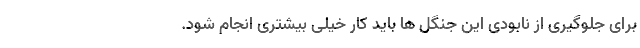
برای جلوگیری از نابودی این جنگل ها باید کار خیلی بیشتری انجام شود.